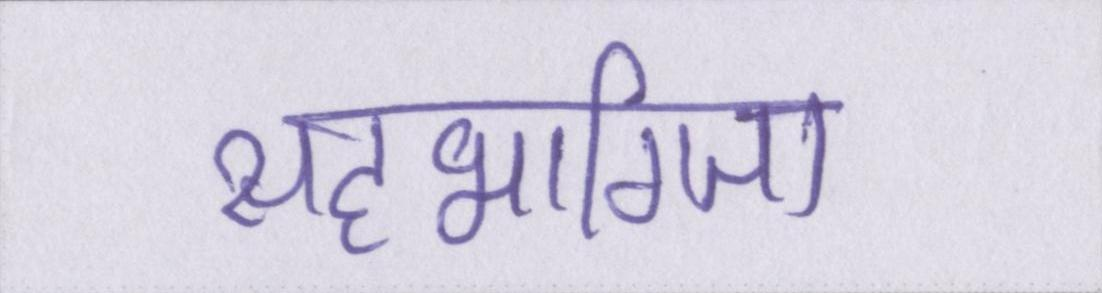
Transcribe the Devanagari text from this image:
सहभागिता